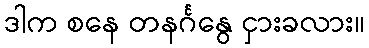
ဒါက စနေ တနင်္ဂနွေ ငှားခလား။